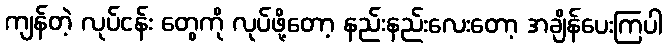
ကျန်တဲ့ လုပ်ငန်း တွေကို လုပ်ဖို့တော့ နည်းနည်းလေးတော့ အချိန်ပေးကြပါ